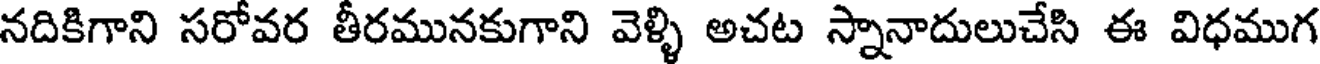
నదికిగాని సరోవర తీరమునకుగాని వెళ్ళి అచట స్నానాదులుచేసి ఈ విధముగ